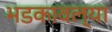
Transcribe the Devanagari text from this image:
भडकावल्या